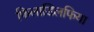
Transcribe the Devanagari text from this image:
फिलाडिलफिया